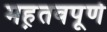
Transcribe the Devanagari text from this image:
मह़तवपूर्ण